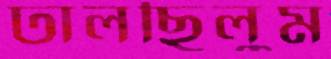
ঢালছিলুম